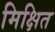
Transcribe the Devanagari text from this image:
मिक्षित